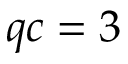
q c = 3